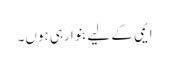
ایمی کے لیے بنوا رہی ہوں۔